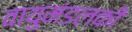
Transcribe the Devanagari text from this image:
वायुमंडलकी